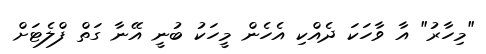
"މިހާރު" އާ ވާހަކަ ދެއްކި އެހެން މީހަކު ބުނީ އޭނާ ގަތް ފްލެޓަށް